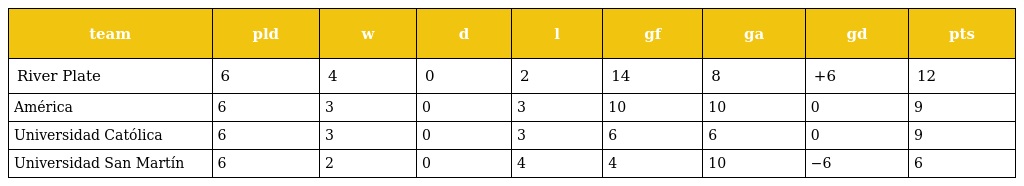
| team | pld | w | d | l | gf | ga | gd | pts |
 | --- | --- | --- | --- | --- | --- | --- | --- | --- |
 | River Plate | 6 | 4 | 0 | 2 | 14 | 8 | +6 | 12 |
 | América | 6 | 3 | 0 | 3 | 10 | 10 | 0 | 9 |
 | Universidad Católica | 6 | 3 | 0 | 3 | 6 | 6 | 0 | 9 |
 | Universidad San Martín | 6 | 2 | 0 | 4 | 4 | 10 | −6 | 6 |